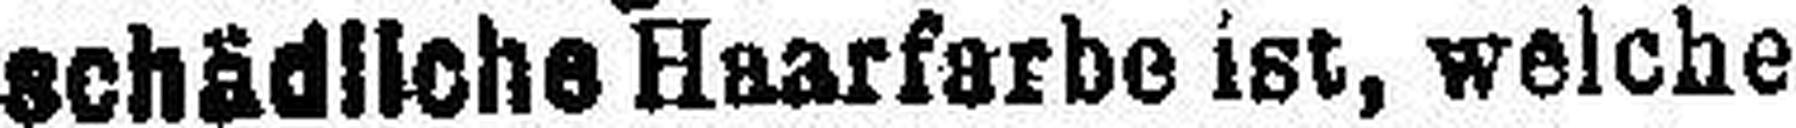
schädliche Haarfarbe ist, welche